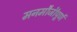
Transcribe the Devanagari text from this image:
मनमौजीपूर्ण